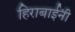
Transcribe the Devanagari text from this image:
हिराबाईंनी